Necessitous school children, 1924
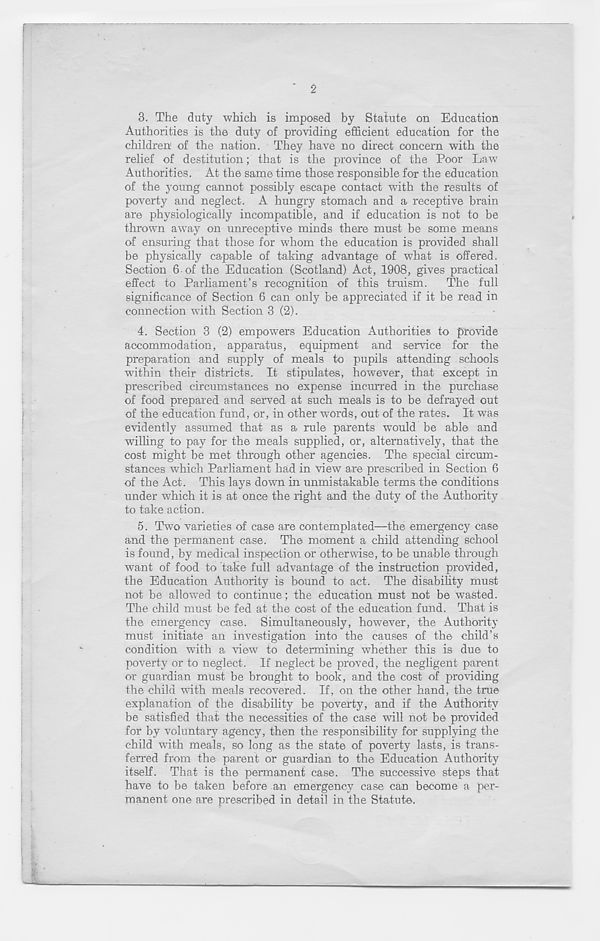
f
'
2
3. The duty which is imposed by Statute on Education
Authorities is the duty of providing efficient education for the
children of the nation. They have no direct concern with the
relief of destitution; that is the province of the Poor Law
Authorities. At the same time those responsible for the education
of the young cannot possibly escape contact with the results of
poverty and neglect. A hungry stomach and a receptive brain
are physiologically incompatible, and if education is not to be
thrown away on unreceptive minds there must be some means
of ensuring that those for whom the education is provided shall
be physically capable of taking advantage of what is offered.
Section 6 of the Education (Scotland) Act, 1908, gives practical
effect to Parliament’s recognition of this truism. The full
significance of Section 6 can only be appreciated if it be read in
connection with Section 3 (2).
4. Section 3 (2) empowers Education Authorities to provide
accommodation, apparatus, equipment and service for the
preparation and supply of meals to pupils attending schools
within their districts. It stipulates, however, that except in
prescribed circumstances no expense incurred in the purchase
of food prepared and served at such meals is to be defrayed out
of the education fund, or, in other words, out of the rates. It was
evidently assumed that as a rule parents would be able and
willing to pay for the meals supplied, or, alternatively, that the
cost might be met through other agencies. The special circum-
stances which Parliament had in view are prescribed in Section 6
of the Act. This lays down in unmistakable terms the conditions
under which it is at once the right and the duty of the Authority
to take action.
5. Two varieties of case are contemplated—the emergency case
and the permanent case. The moment a child attending school
is found, by medical inspection or otherwise, to be unable through
want of food to take full advantage of the instruction provided,
the Education Authority is bound to act. The disability must
not be allowed to continue; the education must not be wasted.
The child must be fed at the cost of the education fund. That is
the emergency case. Simultaneously, however, the Authority
must initiate an investigation into the causes of the child’s
condition with a view to determining whether this is due to
poverty or to neglect. If neglect be proved, the negligent parent
or guardian must be brought to book, and the cost of providing
the child with meals recovered. If, on the other hand, the true
explanation of the disability be poverty, and if the Authority
be satisfied that the necessities of the case will not be provided
for by voluntary agency, then the responsibility for supplying the
child with meals, so long as the state of poverty lasts, is trans-
ferred from the parent or guardian to the Education Authority
itself. That is the permanent case. The successive steps that
have to be taken before an emergency case can become a per-
manent one are prescribed in detail in the Statute.